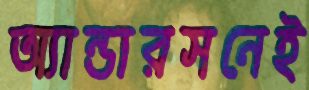
অ্যান্ডারসনেই